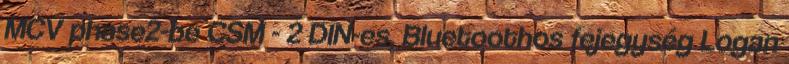
MCV phase2-be CSM - 2 DIN-es, Bluetoothos fejegység Logan